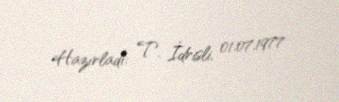
Hazırladı: T. İdrisli, 01.07.1977